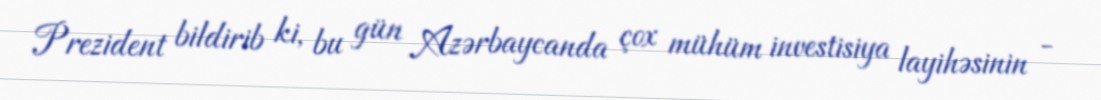
Prezident bildirib ki, bu gün Azərbaycanda çox mühüm investisiya layihəsinin -